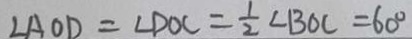
\angle A O D = \angle D O C = \frac { 1 } { 2 } \angle B O C = 6 0 ^ { \circ }